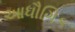
આધૌગિક